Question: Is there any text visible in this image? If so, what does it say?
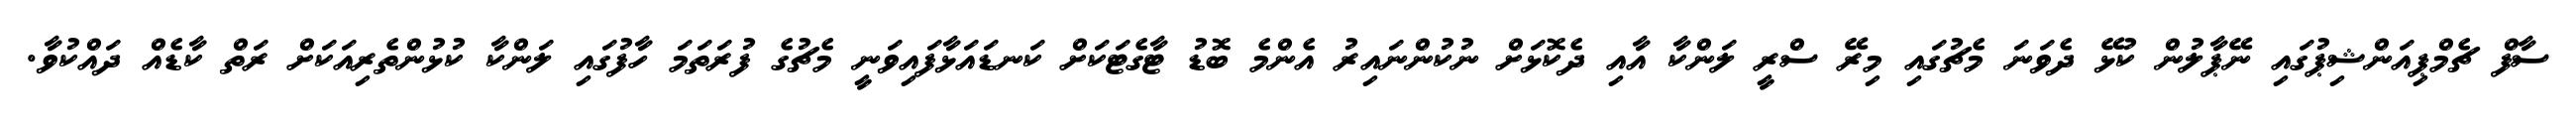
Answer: ސާފް ޗެމްޕިއަންޝިޕުގައި ނޭޕާލުން ކުޅޭ ދެވަނަ މެޗުގައި މިރޭ ސްރީ ލަންކާ އާއި ދެކޮޅަށް ނުކުންނައިރު އެންމެ ބޮޑު ޓާގެޓަކަށް ކަނޑައަޅާފައިވަނީ މެޗުގެ ފުރަތަމަ ހާފުގައި ލަންކާ ކުޅުންތެރިއަކަށް ރަތް ކާޑެއް ދައްކުވާ.